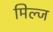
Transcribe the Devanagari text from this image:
मिल्ज